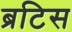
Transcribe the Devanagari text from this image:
ब्रटिस